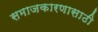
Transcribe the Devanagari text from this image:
समाजकारणासाठी